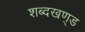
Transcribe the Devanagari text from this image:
शब्दखण़्ड